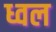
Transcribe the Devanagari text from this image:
ध्वल